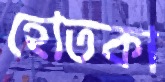
হোতকা